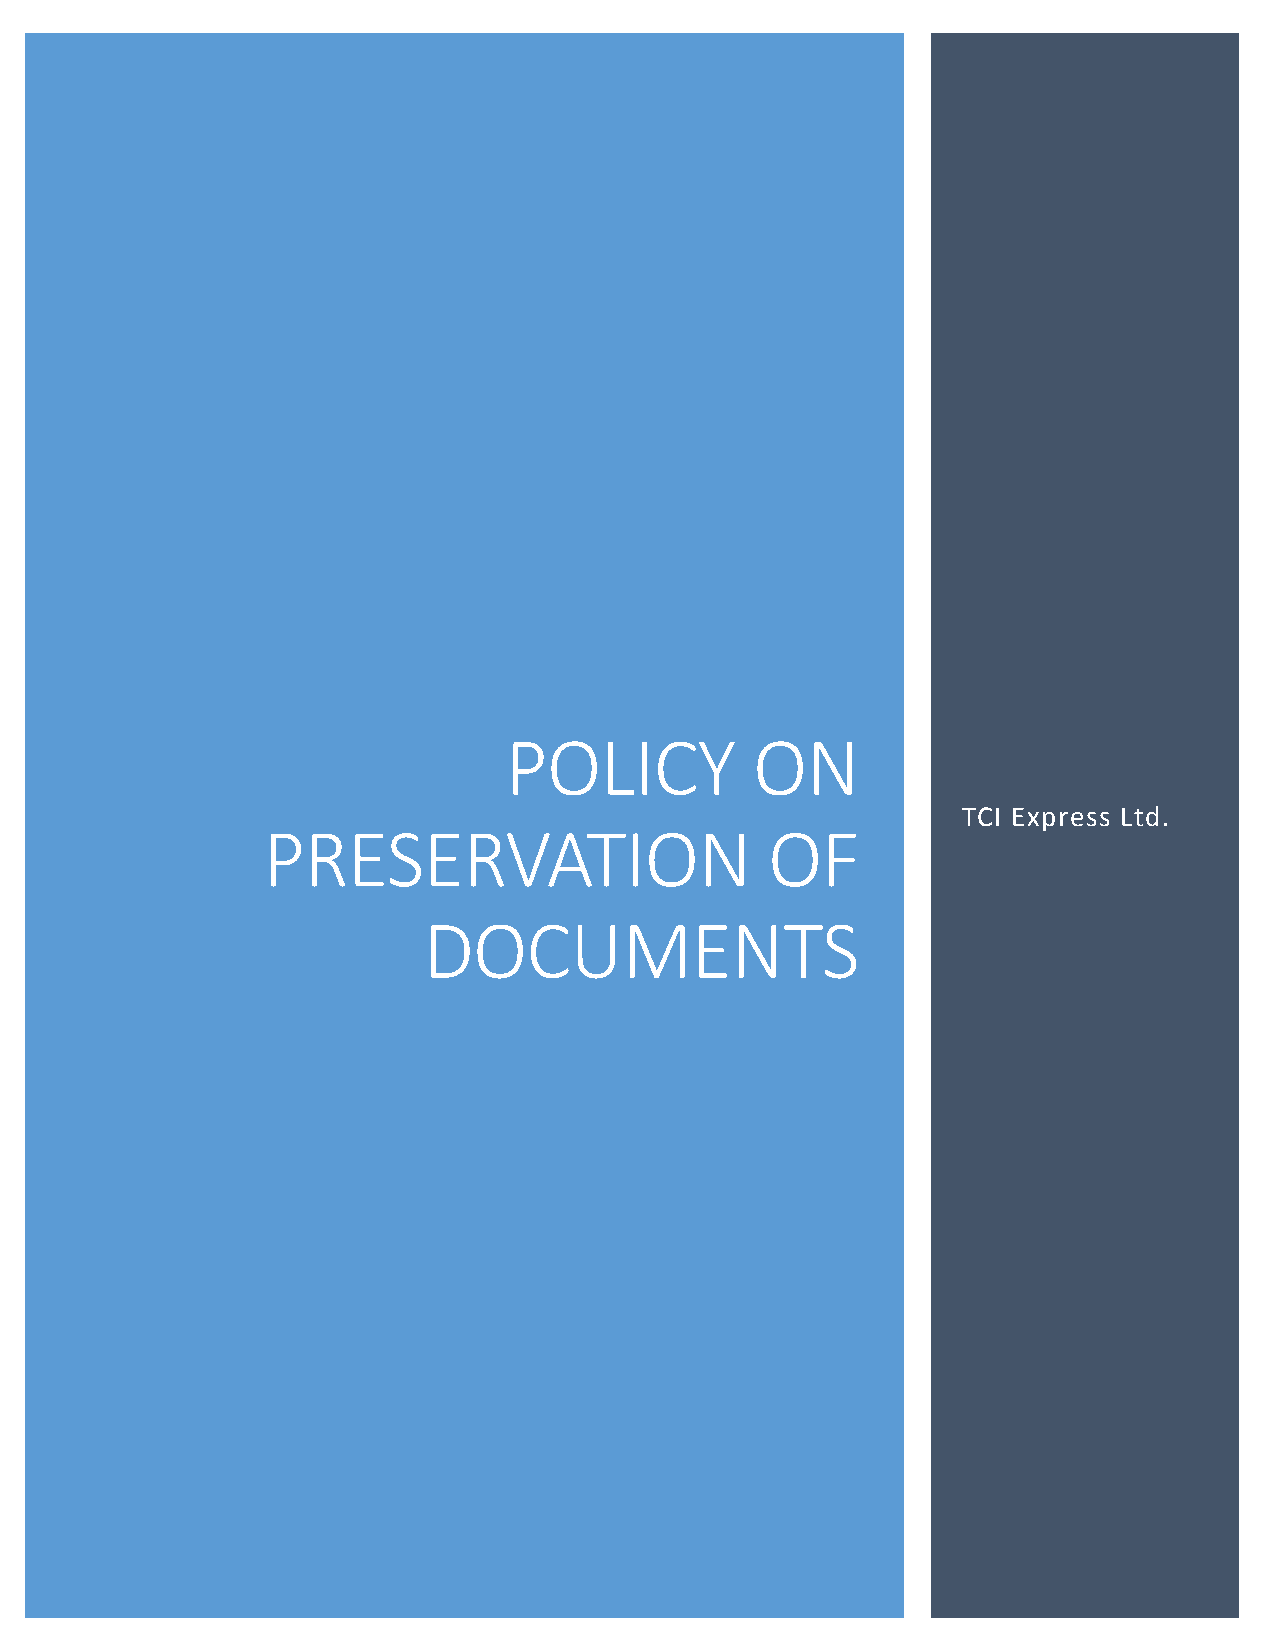
POLICY           ON
 TCI Express Ltd.
 PRESERVATION                      OF
 DOCUMENTS